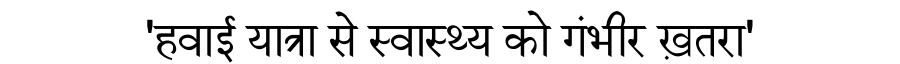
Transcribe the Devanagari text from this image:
'हवाई यात्रा से स्वास्थ्य को गंभीर ख़तरा'